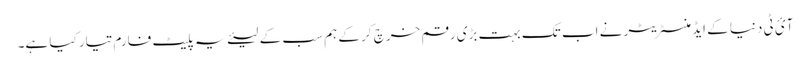
آئ ٹی دنیا کے ایڈمنسٹریٹر نے اب تک بہت بڑی رقم خرچ کر کے ہم سب کے لیئے یہ پلیٹ فارم تیار کیا ہے۔